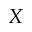
X